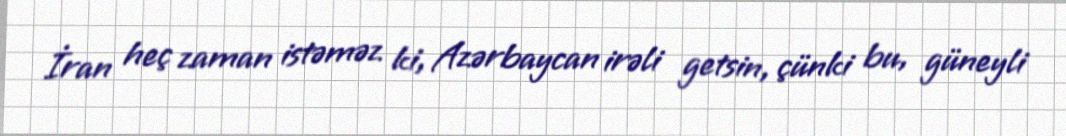
İran heç zaman istəməz ki, Azərbaycan irəli getsin, çünki bu, güneyli